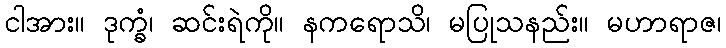
ငါအား။ ဒုက္ခံ၊ ဆင်းရဲကို။ နကရောသိ၊ မပြုသနည်း။ မဟာရာဇ၊